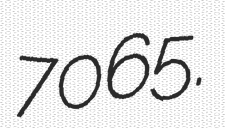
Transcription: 7065.